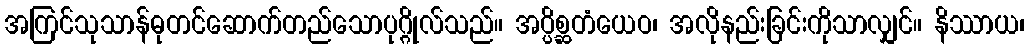
အကြင်သုသာန်ဓုတင်ဆောက်တည်သောပုဂ္ဂိုလ်သည်။ အပ္ပိစ္ဆတံယေဝ၊ အလိုနည်းခြင်းကိုသာလျှင်။ နိဿာယ၊